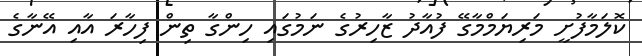
ކޮލަމާފުށީ މަރިޔަމްމާގޭ ފުއާދު ޒާހިރުގެ ނަމުގައި ހިންގާ ތިން ފިހާރަ އާއި އޭނާގެ